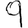
Digit: 9